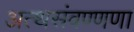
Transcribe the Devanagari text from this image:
अत्थसंवण्णणा